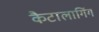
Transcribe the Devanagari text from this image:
कैटालागिंग